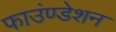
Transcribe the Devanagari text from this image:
फाउंण्डेशन